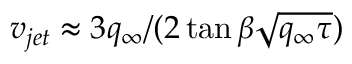
v _ { j e t } \approx 3 q _ { \infty } / ( 2 \tan \beta \sqrt { q _ { \infty } \tau } )